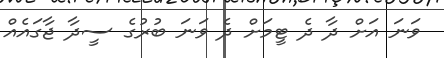
ވަނަ އަށް ދާ ދެ ޓީމަށް ދެ ވަނަ ބުރުގެ ސީދާ ޖާގައެއް